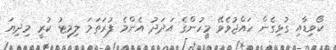
ކޯވިޑާއި ގުޅިގެން ހައްޖުވެވޭ މީހުންގެ އަދަދު އެންމެ ފުރަތަމަ ލިމިޓު ކުރީ މިދިޔަ